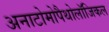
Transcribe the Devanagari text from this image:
अनाटोमोपैथोलॉजिकल